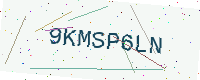
Text: 9KMSP6LN